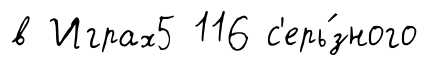
в Играх5 116 с'ерь́зного